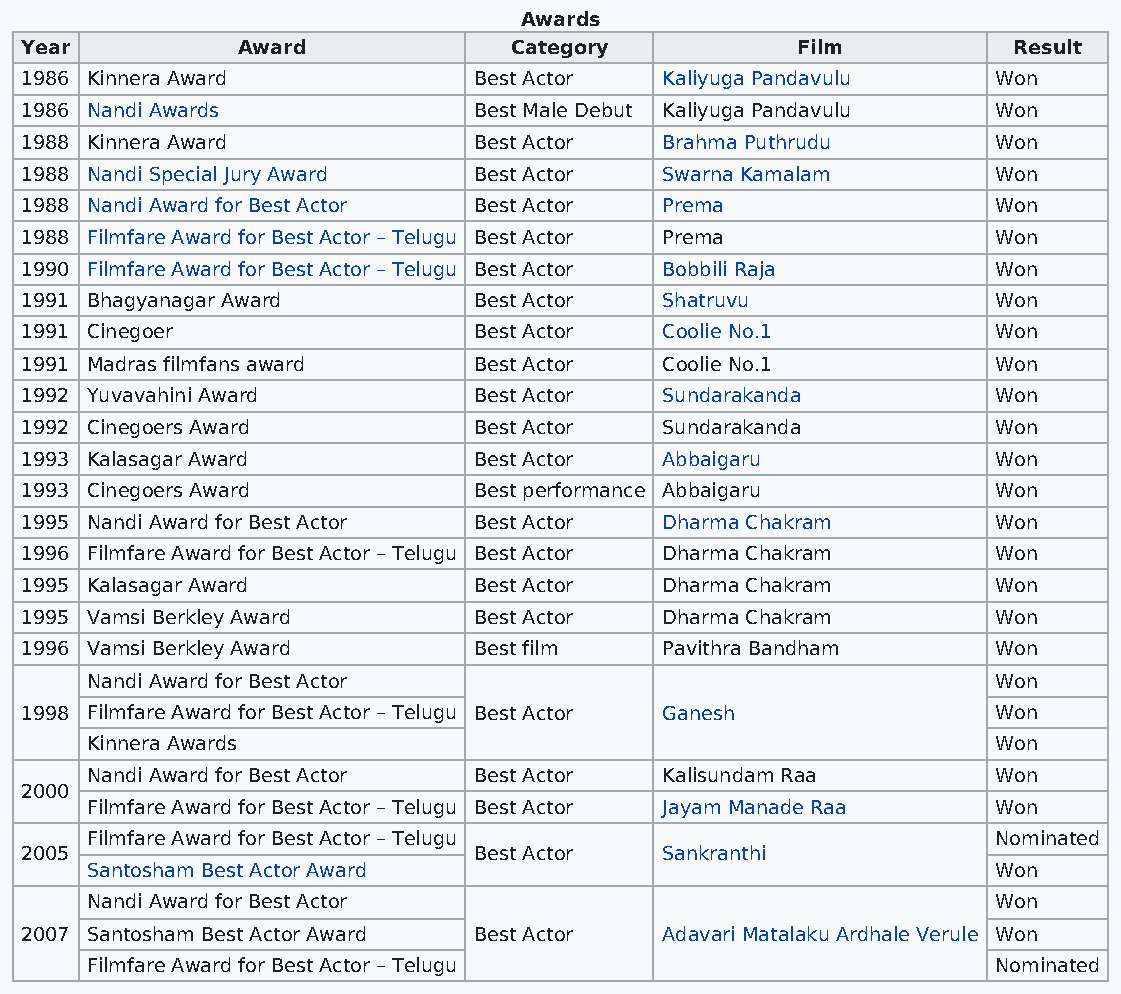
Awards
 Year           Award             Category           Film          Result
 1986 Kinnera Award            Best Actor   Kaliyuga Pandavulu    Won
 1986 Nandi Awards             Best Male Debut Kaliyuga Pandavulu Won
 1988 Kinnera Award            Best Actor   Brahma Puthrudu       Won
 1988 Nandi Special Jury Award Best Actor   Swarna Kamalam        Won
 1988 Nandi Award for Best Actor Best Actor Prema                 Won
 1988 Filmfare Award for Best Actor – Telugu Best Actor Prema     Won
 1990 Filmfare Award for Best Actor – Telugu Best Actor Bobbili Raja Won
 1991 Bhagyanagar Award        Best Actor   Shatruvu              Won
 1991 Cinegoer                 Best Actor   Coolie No.1           Won
 1991 Madras filmfans award    Best Actor   Coolie No.1           Won
 1992 Yuvavahini Award         Best Actor   Sundarakanda          Won
 1992 Cinegoers Award          Best Actor   Sundarakanda          Won
 1993 Kalasagar Award          Best Actor   Abbaigaru             Won
 1993 Cinegoers Award          Best performance Abbaigaru         Won
 1995 Nandi Award for Best Actor Best Actor Dharma Chakram        Won
 1996 Filmfare Award for Best Actor – Telugu Best Actor Dharma Chakram Won
 1995 Kalasagar Award          Best Actor   Dharma Chakram        Won
 1995 Vamsi Berkley Award      Best Actor   Dharma Chakram        Won
 1996 Vamsi Berkley Award      Best film    Pavithra Bandham      Won
 Nandi Award for Best Actor                                  Won
 1998 Filmfare Award for Best Actor – Telugu Best Actor Ganesh    Won
 Kinnera Awards                                              Won
 Nandi Award for Best Actor Best Actor Kalisundam Raa        Won
 2000
 Filmfare Award for Best Actor – Telugu Best Actor Jayam Manade Raa Won
 Filmfare Award for Best Actor – Telugu                      Nominated
 2005                          Best Actor   Sankranthi
 Santosham Best Actor Award                                  Won
 Nandi Award for Best Actor                                  Won
 2007 Santosham Best Actor Award Best Actor Adavari Matalaku Ardhale Verule Won
 Filmfare Award for Best Actor – Telugu                      Nominated